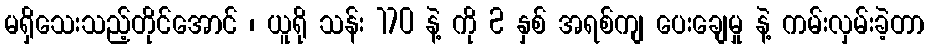
မရှိသေးသည့်တိုင်အောင် ၊ ယူရို သန်း 170 နဲ့ ကို 2 နှစ် အရစ်ကျ ပေးချေမှု နဲ့ ကမ်းလှမ်းခဲ့တာ